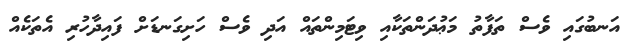
އަނބުގައި ވެސް ތަފާތު މަޢުދަންތަކާއި ވިޓަމިންތައް އަދި ވެސް ހަށިގަނޑަށް ފައިދާހުރި އެތަކެއް